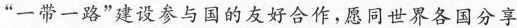
”一带一路”建设参与国的友好合作，愿同世界各国分享